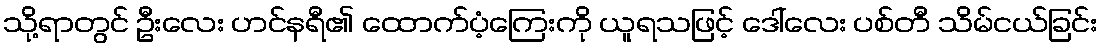
သို့ရာတွင် ဦးလေး ဟင်နရီ၏ ထောက်ပံ့ကြေးကို ယူရသဖြင့် ဒေါ်လေး ပစ်တီ သိမ်ငယ်ခြင်း